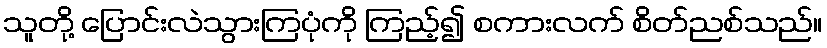
သူတို့ ပြောင်းလဲသွားကြပုံကို ကြည့်၍ စကားလက် စိတ်ညစ်သည်။